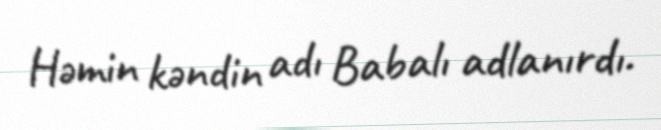
Həmin kəndin adı Babalı adlanırdı.